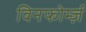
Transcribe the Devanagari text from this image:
विनफोर्म्ज़